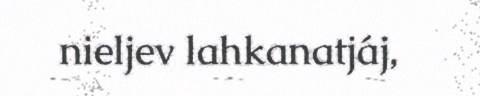
nieljev lahkanatjáj,